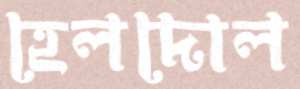
হেলদোল